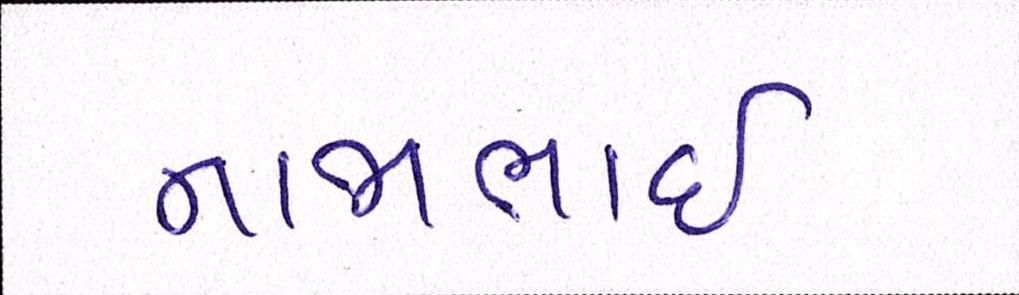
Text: નાજાભાઇ